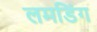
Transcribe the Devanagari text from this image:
लमडिंग